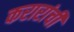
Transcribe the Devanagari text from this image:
करारांची